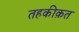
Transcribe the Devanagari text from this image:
तहकीक़त